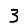
Digit: 3